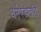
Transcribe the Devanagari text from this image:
धर्मपंडीतहि